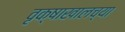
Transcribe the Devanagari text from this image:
वृक्षाखालच्या